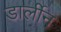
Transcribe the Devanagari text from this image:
डार्लीन